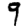
Digit: 9